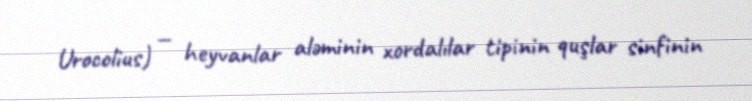
Urocolius) — heyvanlar aləminin xordalılar tipinin quşlar sinfinin